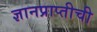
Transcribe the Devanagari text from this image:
ज्ञानप्राप्तीची